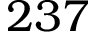
2 3 7